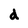
Character: d